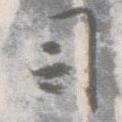
司